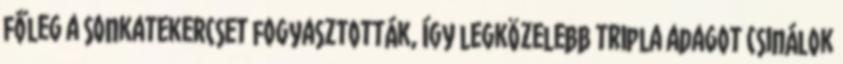
főleg a sonkatekercset fogyasztották, így legközelebb tripla adagot csinálok